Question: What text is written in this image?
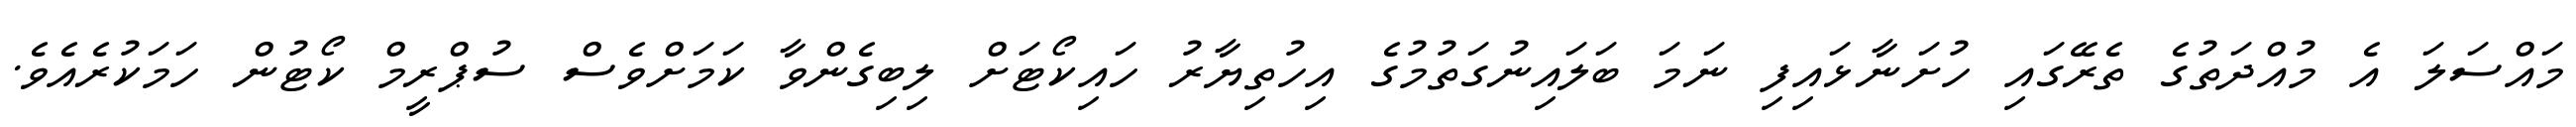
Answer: މައްސަލަ އެ މުއްދަތުގެ ތެރޭގައި ހުށަނާޅައިފި ނަމަ ބަލައިނުގަތުމުގެ އިހުތިޔާރު ހައިކޯޓަށް ލިބިގެންވާ ކަމަށްވެސް ސުޕްރީމް ކޯޓުން ހަމަކުރެއެވެ.